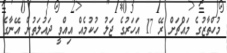
މުހްތާޒުގެ މައްޗަށް ރޭ 17 އަހަރުގެ ޖަލު ހުކުމެއް އިއްވީ ދައުލަތުން އޭނާގެ